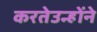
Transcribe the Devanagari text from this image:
करतेउन्होंने